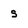
Character: S